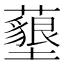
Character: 𮒰